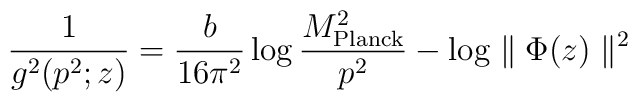
{1 \over  g^2(p^2;z)} ={b \over  16 \pi^2} \log {M_{\rm Planck}^2 \over  p^2} - \log \parallel\Phi(z)\parallel^2